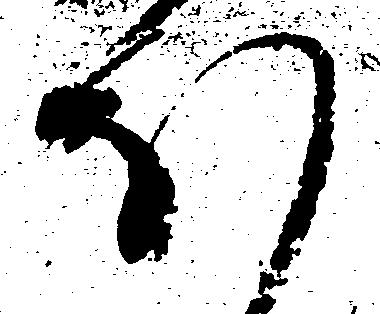
ほ